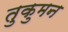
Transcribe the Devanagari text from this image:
तुकुमन